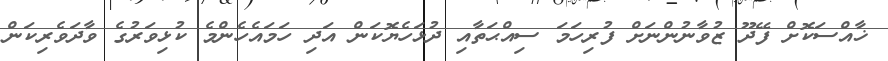
ޚާއްސަކޮށް ފޭދޫ ޒުވާނުންނަށް ފުރިހަމަ ސިއްޙަތާއި ދުޅަހެޔޮކަން އަދި ހަމައެހެންމެ ކުޅިވަރުގެ ވާދަވެރިކަން